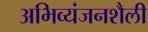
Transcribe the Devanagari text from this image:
अभिव्यंजनशैली